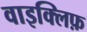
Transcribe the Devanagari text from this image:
वाइक्लिफ़